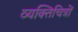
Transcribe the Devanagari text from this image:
व्यक्तिचित्रों